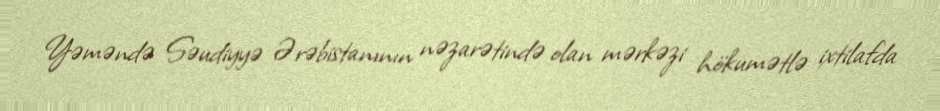
Yəməndə Səudiyyə Ərəbistanının nəzarətində olan mərkəzi hökumətlə ixtilafda